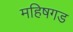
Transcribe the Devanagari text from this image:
महिषगड